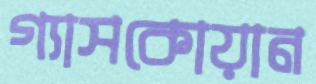
গ্যাসকোয়ান